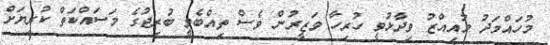
މުހައްމަދު މުއިއްޒު ވިދާޅުވީ ހުރިހާ ވަޒީރުން ވެސް ތިއްބެވީ ބުރިޖުގެ މަސައްކަތް ކުރިޔަށް